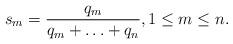
LaTeX: \begin{align*}s_m = \frac{q_m}{q_m+\ldots +q_{n}}, 1\leq m \leq n.\end{align*}